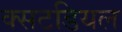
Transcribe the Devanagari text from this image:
क्सटडियल